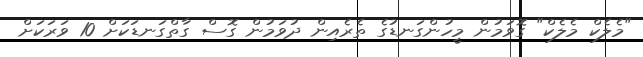
"މެލެކް މެލެކް" ގޮވަމުން މީހުންގަނޑުގެ ތެރެއިން ދުވަމުން ގޮސް ގާތްގަނޑަކަށް 10 ވަރަކަށް